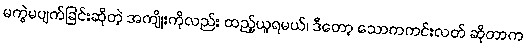
မကွဲမပျက်ခြင်းဆိုတဲ့ အကျိုးကိုလည်း ထည့်ယူရမယ်၊ ဒီတော့ သောကကင်းလတ် ဆိုတာက